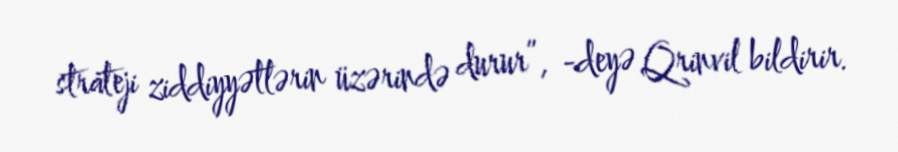
strateji ziddiyyətlərin üzərində durur”, -deyə Qrinvil bildirir.